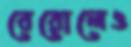
বেরোলেও